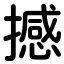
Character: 撼